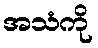
အသံကို